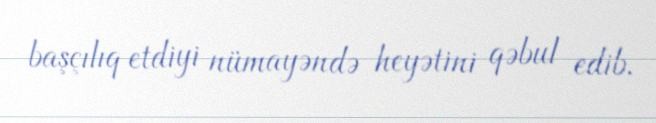
başçılıq etdiyi nümayəndə heyətini qəbul edib.